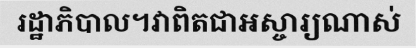
រដ្ឋាភិបាល។វាពិតជាអស្ចារ្យណាស់